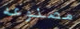
مصنوعه